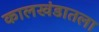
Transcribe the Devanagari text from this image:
कालखंडातला